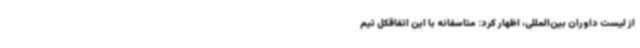
از لیست داوران بین‌المللی، اظهار کرد: متاسفانه با این اتفاقکل تیم